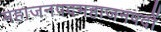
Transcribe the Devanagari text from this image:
महाजनपदमहाजनपदों